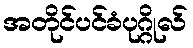
အတိုင်ပင်ခံပုဂ္ဂိုလ်